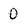
Character: 0